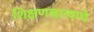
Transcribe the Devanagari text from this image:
शिक्षणखात्याचे